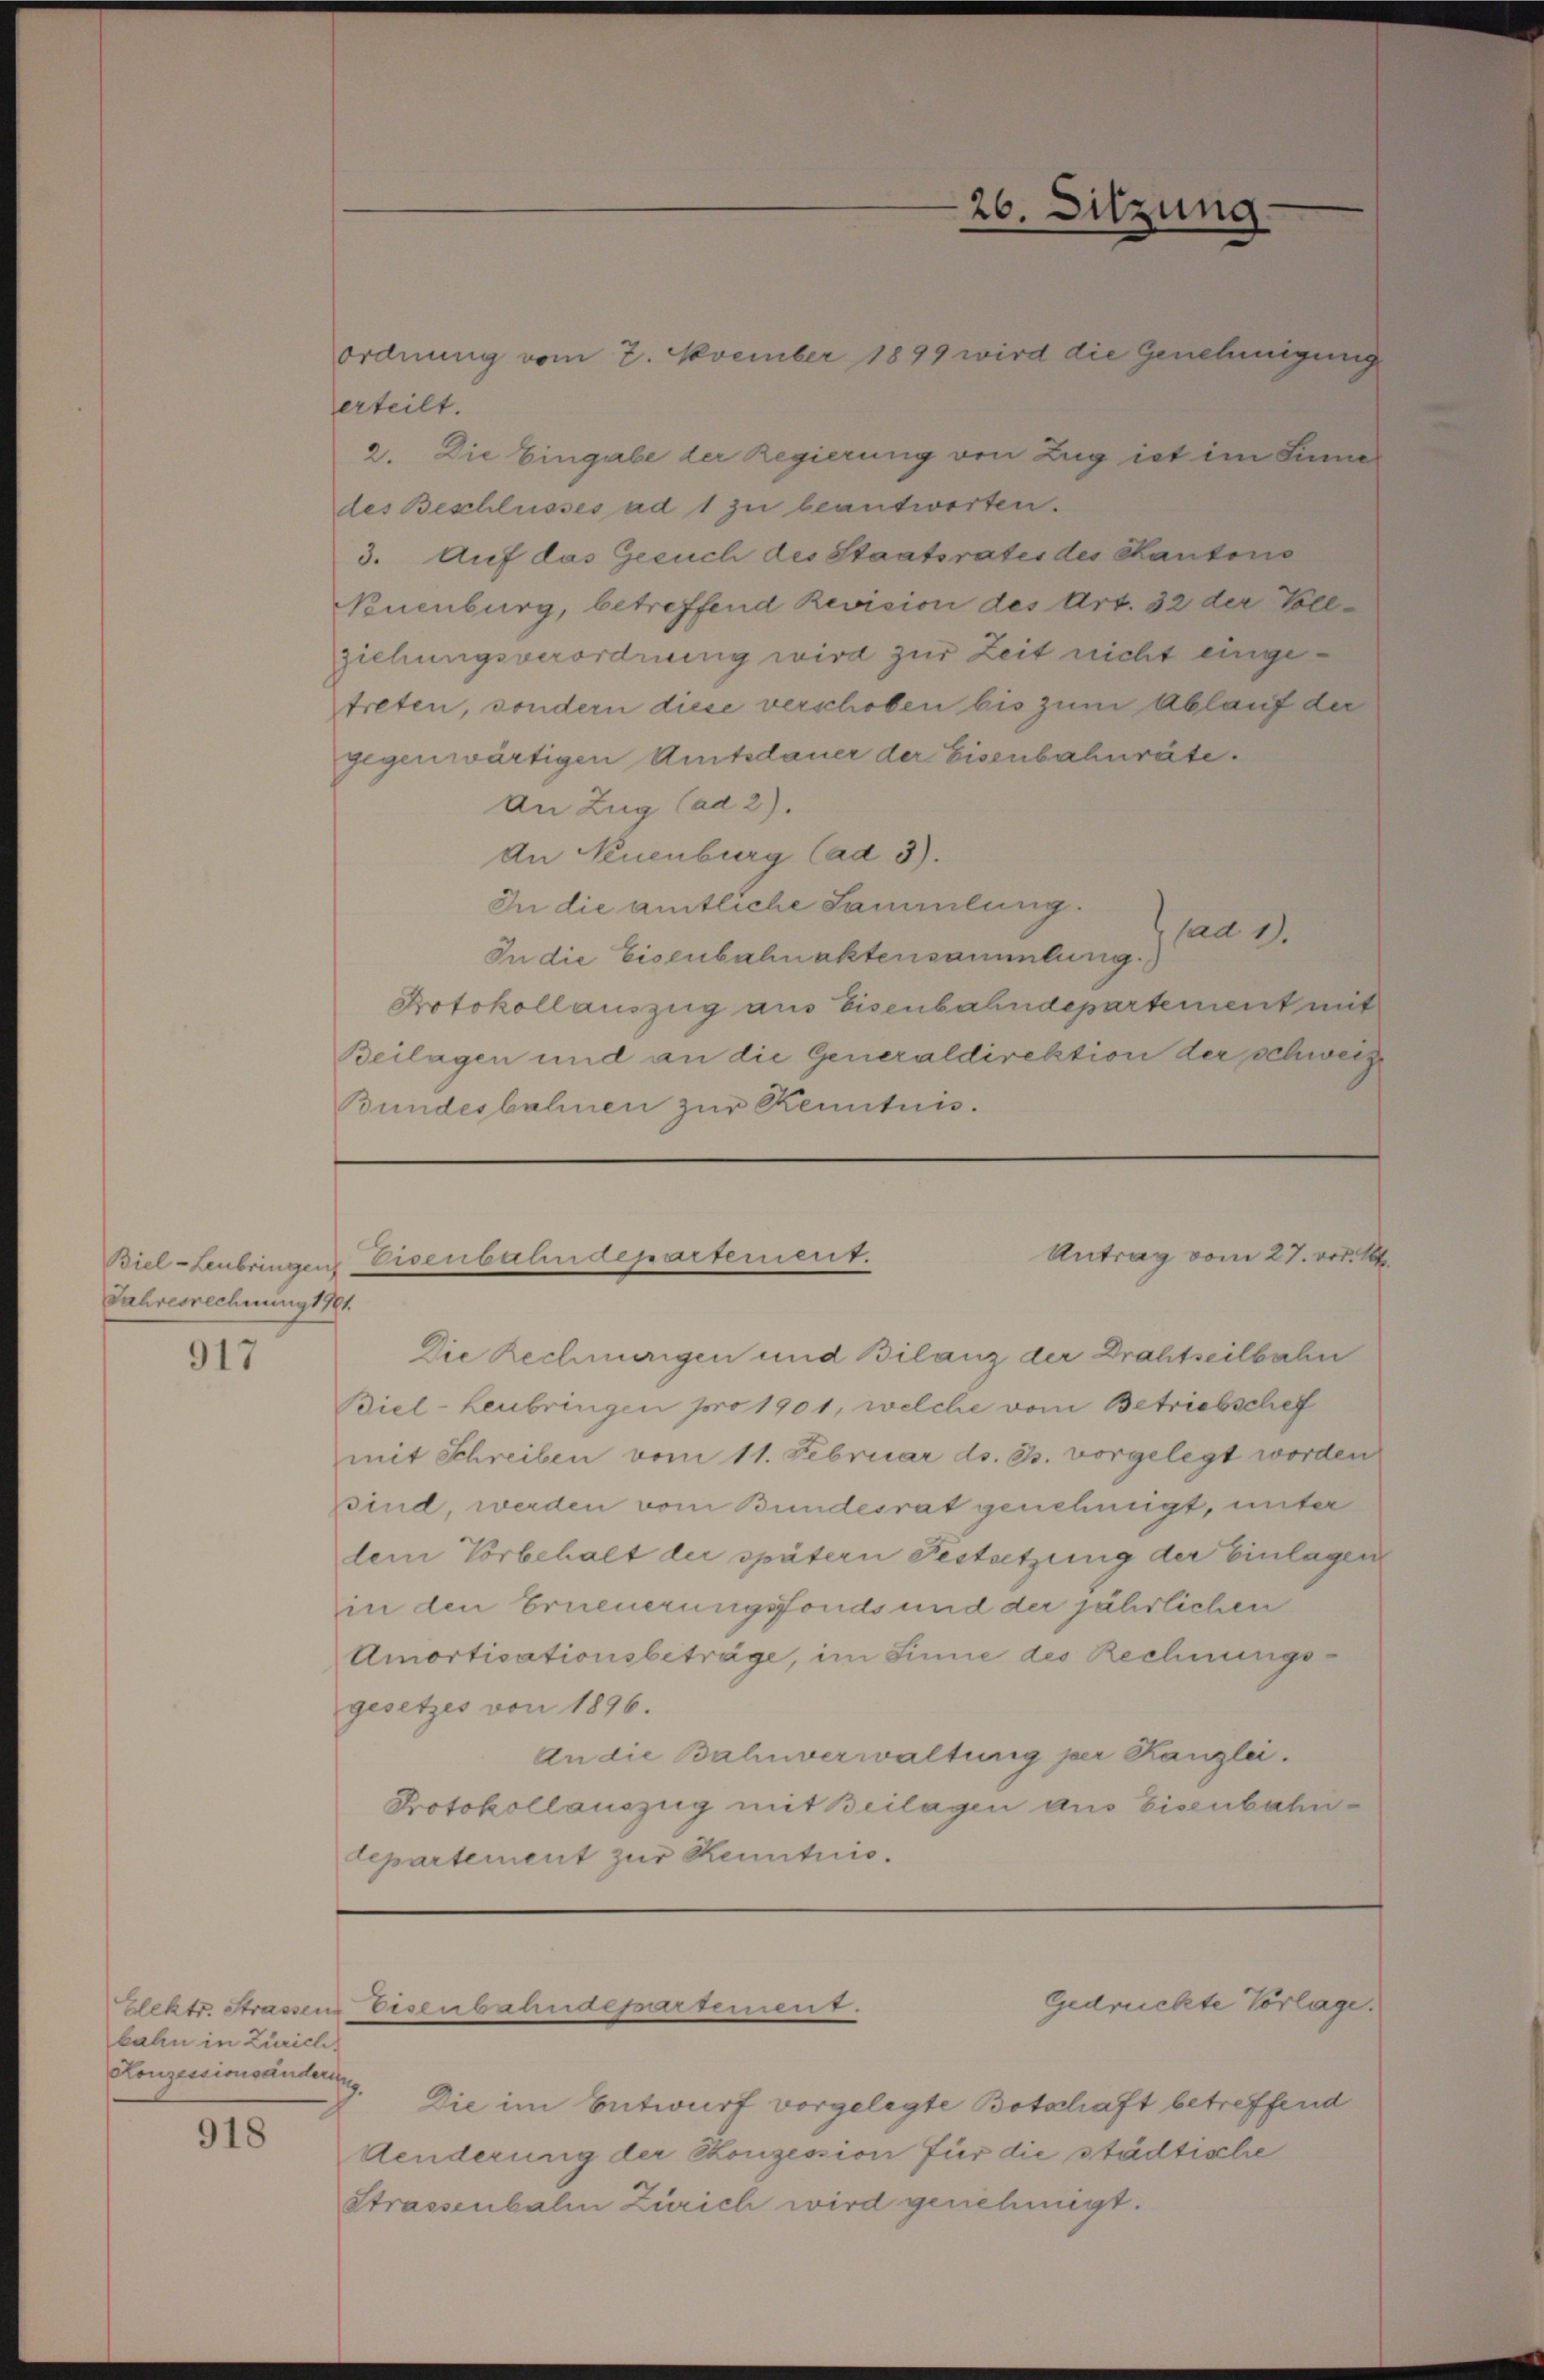
Jahresrechnung 1781.
917

bahn in Zürich,
Konzessionsändering

918

ordnung vom 2. November 1899 wird die Genehmigung
erteilt.
2. Die Eingabe der Regierung von Zug ist im Sinne
des Beschlusses ad 1 zu beantworten.
3. Auf das Gesuch des Staatsrates des Kantons
Neuenburg, betreffend Revision des Art. 32 der Vollziehungsverordnung wird zur Zeit nicht eingetreten, sondern diese verschoben bis zum Ablauf der
gegenwärtigen Amtsdauer der Eisenbahnräte.
An Zug (ad 2).
An Neuenburg (ad 3).
In die amtliche Sammlung.
fad 1.
In die Eisenbahnaktensammlung.
Drotokollauszug aus Eisenbahndepartement mit
Beilagen und an die Generaldirektion der schweize
Bundesbahnen zur Kenntnis.

Die Rechnungen und Bilanz der Drahtseilbahn
Biel - Leubringen pro 1901, welche vom Betriebschef
mit Schreiben vom 11. Februar ds. 33. vorgelegt worden
sind, werden vom Bundesrat genehmigt, unter
lein Vorbehalt der spätern Festsetzung der Einlagen
in den Erneuerungsfonds und der jährlichen
Amortisationsbeträge, im Sinne des Rechnungs-
gesetzes von 1896.
an die Bahnverwaltung per Kanzlei.
Protokollauszug mit Beilagen aus Eisenbahn-
departement zur Kenntnis.

Antrag vom 27. vor. 184.
Biel-Leubringen Eisenbahndepartement.

Elehte Strassens Eisenbahndepartement.

26. Sitzung

Die im Entwurf vorgelegte Botschaft betreffend
Aenderung der Konzession für die städtische
Strassenbahn Zürich wird genehmigt.

Gedrückte Vorlage.